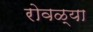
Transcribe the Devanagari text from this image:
रोवळ्या